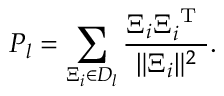
P _ { l } = \sum _ { \Xi _ { i } \in D _ { l } } \frac { \Xi _ { i } \Xi _ { i } ^ { \mathrm { ~ T ~ } } } { \| \Xi _ { i } \| ^ { 2 } } .